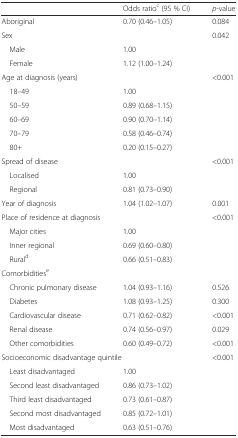
|  | Odds ratioc (95 % CI) | p-value |
 | --- | --- | --- |
 | Aboriginal | 0.70 (0.46–1.05) | 0.084 |
 | Sex |  | 0.042 |
 | Male | 1.00 |  |
 | Female | 1.12 (1.00–1.24) |  |
 | Age at diagnosis (years) |  | <0.001 |
 | 18–49 | 1.00 |  |
 | 50–59 | 0.89 (0.68–1.15) |  |
 | 60–69 | 0.90 (0.70–1.14) |  |
 | 70–79 | 0.58 (0.46–0.74) |  |
 | 80+ | 0.20 (0.15–0.27) |  |
 | Spread of disease |  | <0.001 |
 | Localised | 1.00 |  |
 | Regional | 0.81 (0.73–0.90) |  |
 | Year of diagnosis | 1.04 (1.02–1.07) | 0.001 |
 | Place of residence at diagnosis |  | <0.001 |
 | Major cities | 1.00 |  |
 | Inner regional | 0.69 (0.60–0.80) |  |
 | Rurald | 0.66 (0.51–0.83) |  |
 | Comorbiditiese |  |  |
 | Chronic pulmonary disease | 1.04 (0.93–1.16) | 0.526 |
 | Diabetes | 1.08 (0.93–1.25) | 0.300 |
 | Cardiovascular disease | 0.71 (0.62–0.82) | <0.001 |
 | Renal disease | 0.74 (0.56–0.97) | 0.029 |
 | Other comorbidities | 0.60 (0.49–0.72) | <0.001 |
 | <COLSPAN=2> Socioeconomic disadvantage quintile | <0.001 |
 | Least disadvantaged | 1.00 |  |
 | Second least disadvantaged | 0.86 (0.73–1.02) |  |
 | Third least disadvantaged | 0.73 (0.61–0.87) |  |
 | Second most disadvantaged | 0.85 (0.72–1.01) |  |
 | Most disadvantaged | 0.63 (0.51–0.76) |  |